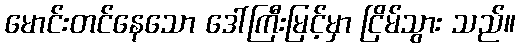
မောင်းတင်နေသော ဒေါ်ကြီးမြင့်မှာ ငြိမ်သွား သည်။